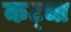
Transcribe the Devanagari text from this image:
कट्चा